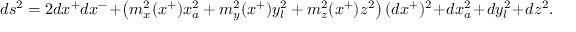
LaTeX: d s ^ { 2 } = 2 d x ^ { + } d x ^ { - } + \left( m _ { x } ^ { 2 } ( x ^ { + } ) x _ { a } ^ { 2 } + m _ { y } ^ { 2 } ( x ^ { + } ) y _ { l } ^ { 2 } + m _ { z } ^ { 2 } ( x ^ { + } ) z ^ { 2 } \right) ( d x ^ { + } ) ^ { 2 } + d x _ { a } ^ { 2 } + d y _ { l } ^ { 2 } + d z ^ { 2 } .